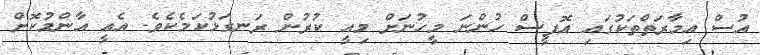
އުސް އިމާރަތްތަކުގައި އޮފީސް ހުންނަ މީހުނަށް މިއީ ކުރުން ރަނގަޅުކަމެކެވެ. އެއީ އާންމުކޮށް